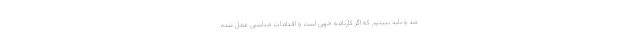
شد و باید ببینیم که اگر کارنامه خوبی است و اقدامات مناسبی عمل شده